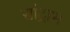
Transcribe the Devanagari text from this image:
सांद्राभ